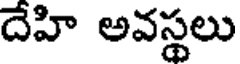
దేహి అవస్థలు